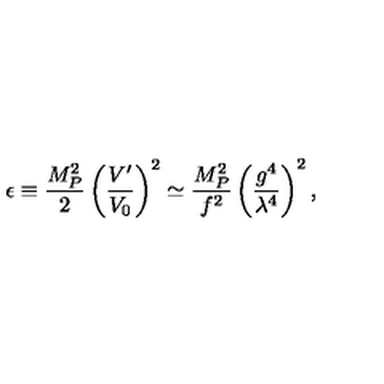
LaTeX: \epsilon \equiv \frac { M _ { P } ^ { 2 } } { 2 } \left( \frac { V ^ { \prime } } { V _ { 0 } } \right) ^ { 2 } \simeq \frac { M _ { P } ^ { 2 } } { f ^ { 2 } } \left( \frac { g ^ { 4 } } { \lambda ^ { 4 } } \right) ^ { 2 } ,